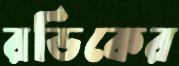
রডিকের